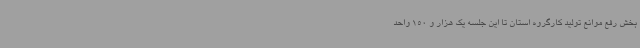
بخش رفع موانع تولید کارگروه استان تا این جلسه یک هزار و 150 واحد